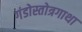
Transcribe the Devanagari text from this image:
गंडोस्तोत्रगाथा